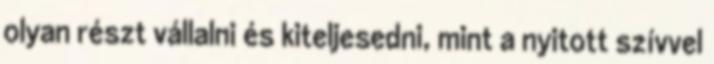
olyan részt vállalni és kiteljesedni, mint a nyitott szívvel